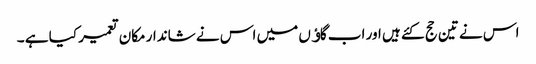
اس نے تین حج کئے ہیں اور اب گاﺅں میں اس نے شاندار مکان تعمیر کیا ہے ۔